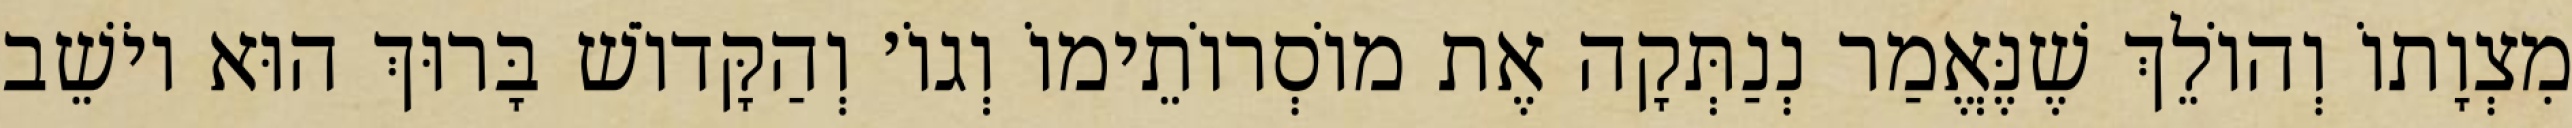
מִצְוָתוֹ וְהוֹלֵךְ שֶׁנֶּאֱמַר נְנַתְּקָה אֶת מוֹסְרוֹתֵימוֹ וְגוֹ׳ וְהַקָּדוֹשׁ בָּרוּךְ הוּא יוֹשֵׁב